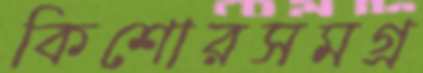
কিশোরসমগ্র